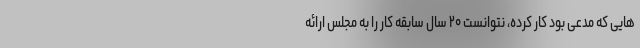
هایی که مدعی بود کار کرده، نتوانست ۲۰ سال سابقه کار را به مجلس ارائه